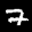
Label: 7